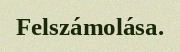
Felszámolása.